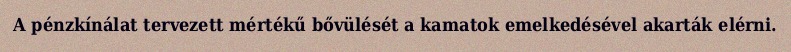
A pénzkínálat tervezett mértékű bővülését a kamatok emelkedésével akarták elérni.